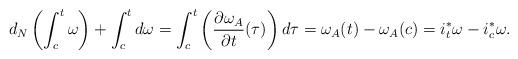
LaTeX: \begin{align*}d_{N}\left(\int_{c}^{t}\omega\right)+\int_{c}^{t}d\omega=\int_{c}^{t}\left(\frac{\partial\omega_{A}}{\partial t}(\tau)\right)d\tau=\omega_{A}(t)-\omega_{A}(c)=i{}_{t}^{*}\omega-i_{c}^{*}\omega.\end{align*}